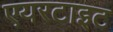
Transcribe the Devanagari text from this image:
एयरटाइट